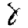
Digit: 8